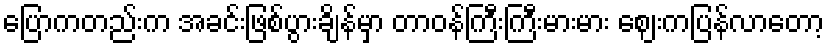
ပြောကတည်းက အခင်းဖြစ်ပွားချိန်မှာ တာဝန်ကြီးကြီးမားမား ဈေးကပြန်လာတော့